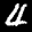
Label: 4